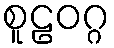
စူဠဝဂ္ဂ